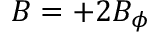
B = + 2 B _ { \phi }